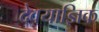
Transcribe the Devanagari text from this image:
देवयाज्ञिक